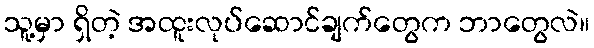
သူ့မှာ ရှိတဲ့ အထူးလုပ်ဆောင်ချက်တွေက ဘာတွေလဲ။